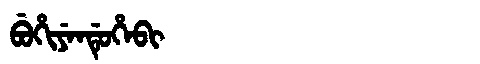
Manchu: ᠪᡠᡥᡳᠶᡝᠨᡩᡠᡥᡝᠪᡳ
Romanization: BUHIYENDUHEBI